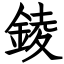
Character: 錂